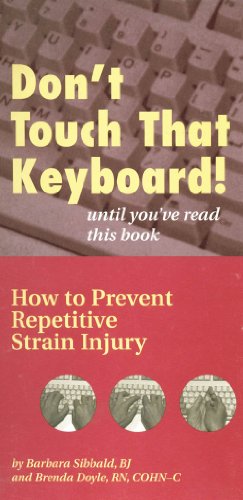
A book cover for Don't Touch That Keyboard! until you've read this book: How to Prevent Repetitive Strain Injury; Barbara Sibbald; Health, Fitness & Dieting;